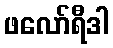
ဖလော်ရီဒါ